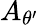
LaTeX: A_{\theta^{\prime}}